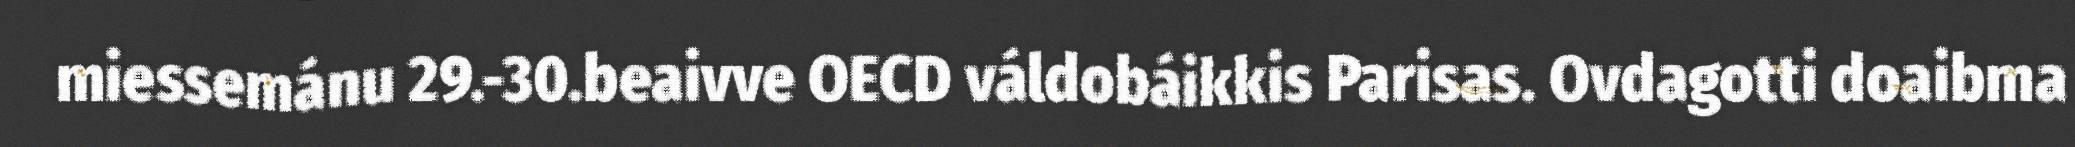
miessemánu 29.-30.beaivve OECD váldobáikkis Parisas. Ovdagotti doaibma